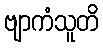
ဗျာကံသူတိ